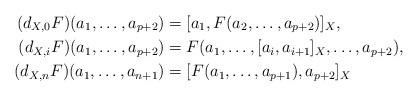
LaTeX: \begin{align*}(d_{X,0} F)(a_1, \ldots, a_{p+2}) &= [a_1 , F(a_2, \ldots, a_{p+2})]_X,\\(d_{X,i} F)(a_1, \ldots, a_{p+2}) &= F(a_1, \ldots, [a_i , a_{i+1}]_X, \ldots, a_{p+2}),\\ (d_{X,n} F)(a_1, \ldots, a_{n+1}) &= [F(a_1, \ldots, a_{p+1}) , a_{p+2}]_X\end{align*}